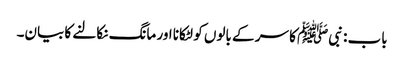
باب : نبیﷺ کا سر کے بالوں کو لٹکانا اور مانگ نکالنے کا بیان۔